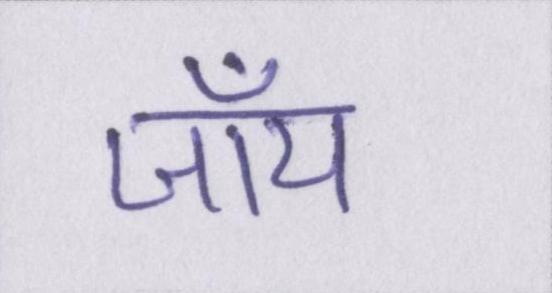
जॉय